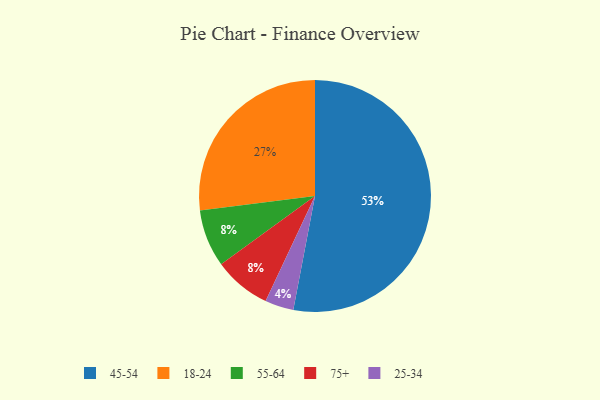
{"axis": {"x": "Category", "y": "Percentage"}, "legend": ["18-24", "25-34", "45-54", "55-64", "75+"], "data": [{"x": "45-54", "y": 53, "type": "45-54"}, {"x": "55-64", "y": 8, "type": "55-64"}, {"x": "25-34", "y": 4, "type": "25-34"}, {"x": "75+", "y": 8, "type": "75+"}, {"x": "18-24", "y": 27, "type": "18-24"}]}